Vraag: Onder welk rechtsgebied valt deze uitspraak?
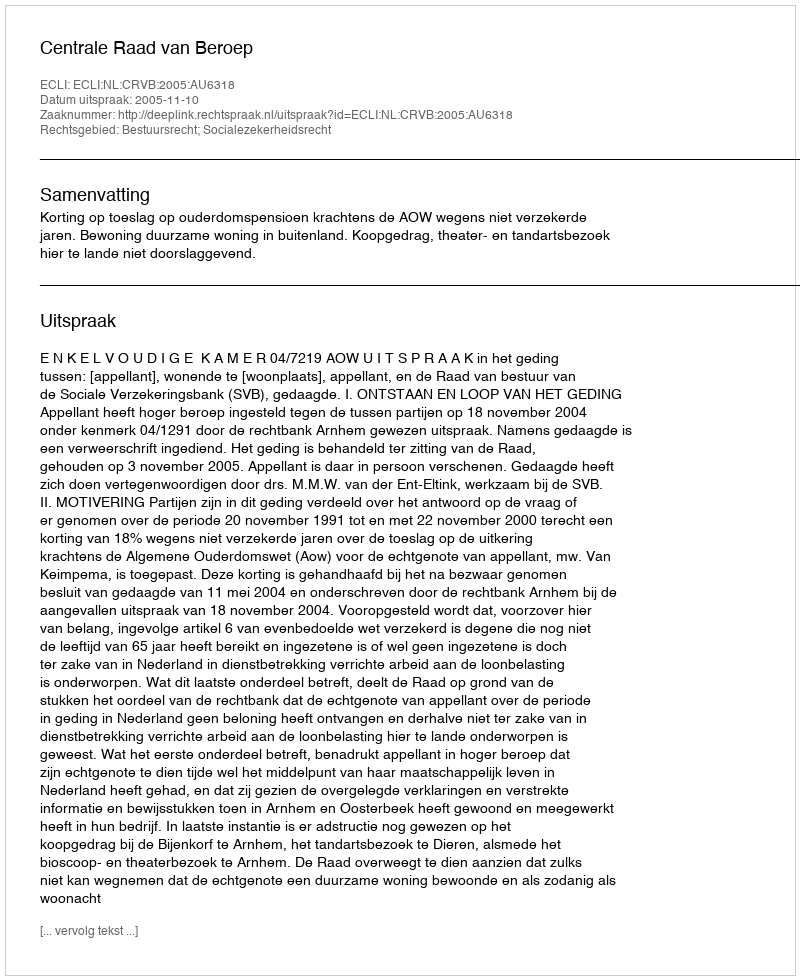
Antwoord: Bestuursrecht; Socialezekerheidsrecht